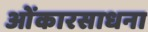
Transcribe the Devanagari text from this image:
ओंकारसाधना